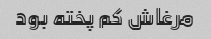
مرغاش کم پخته بود